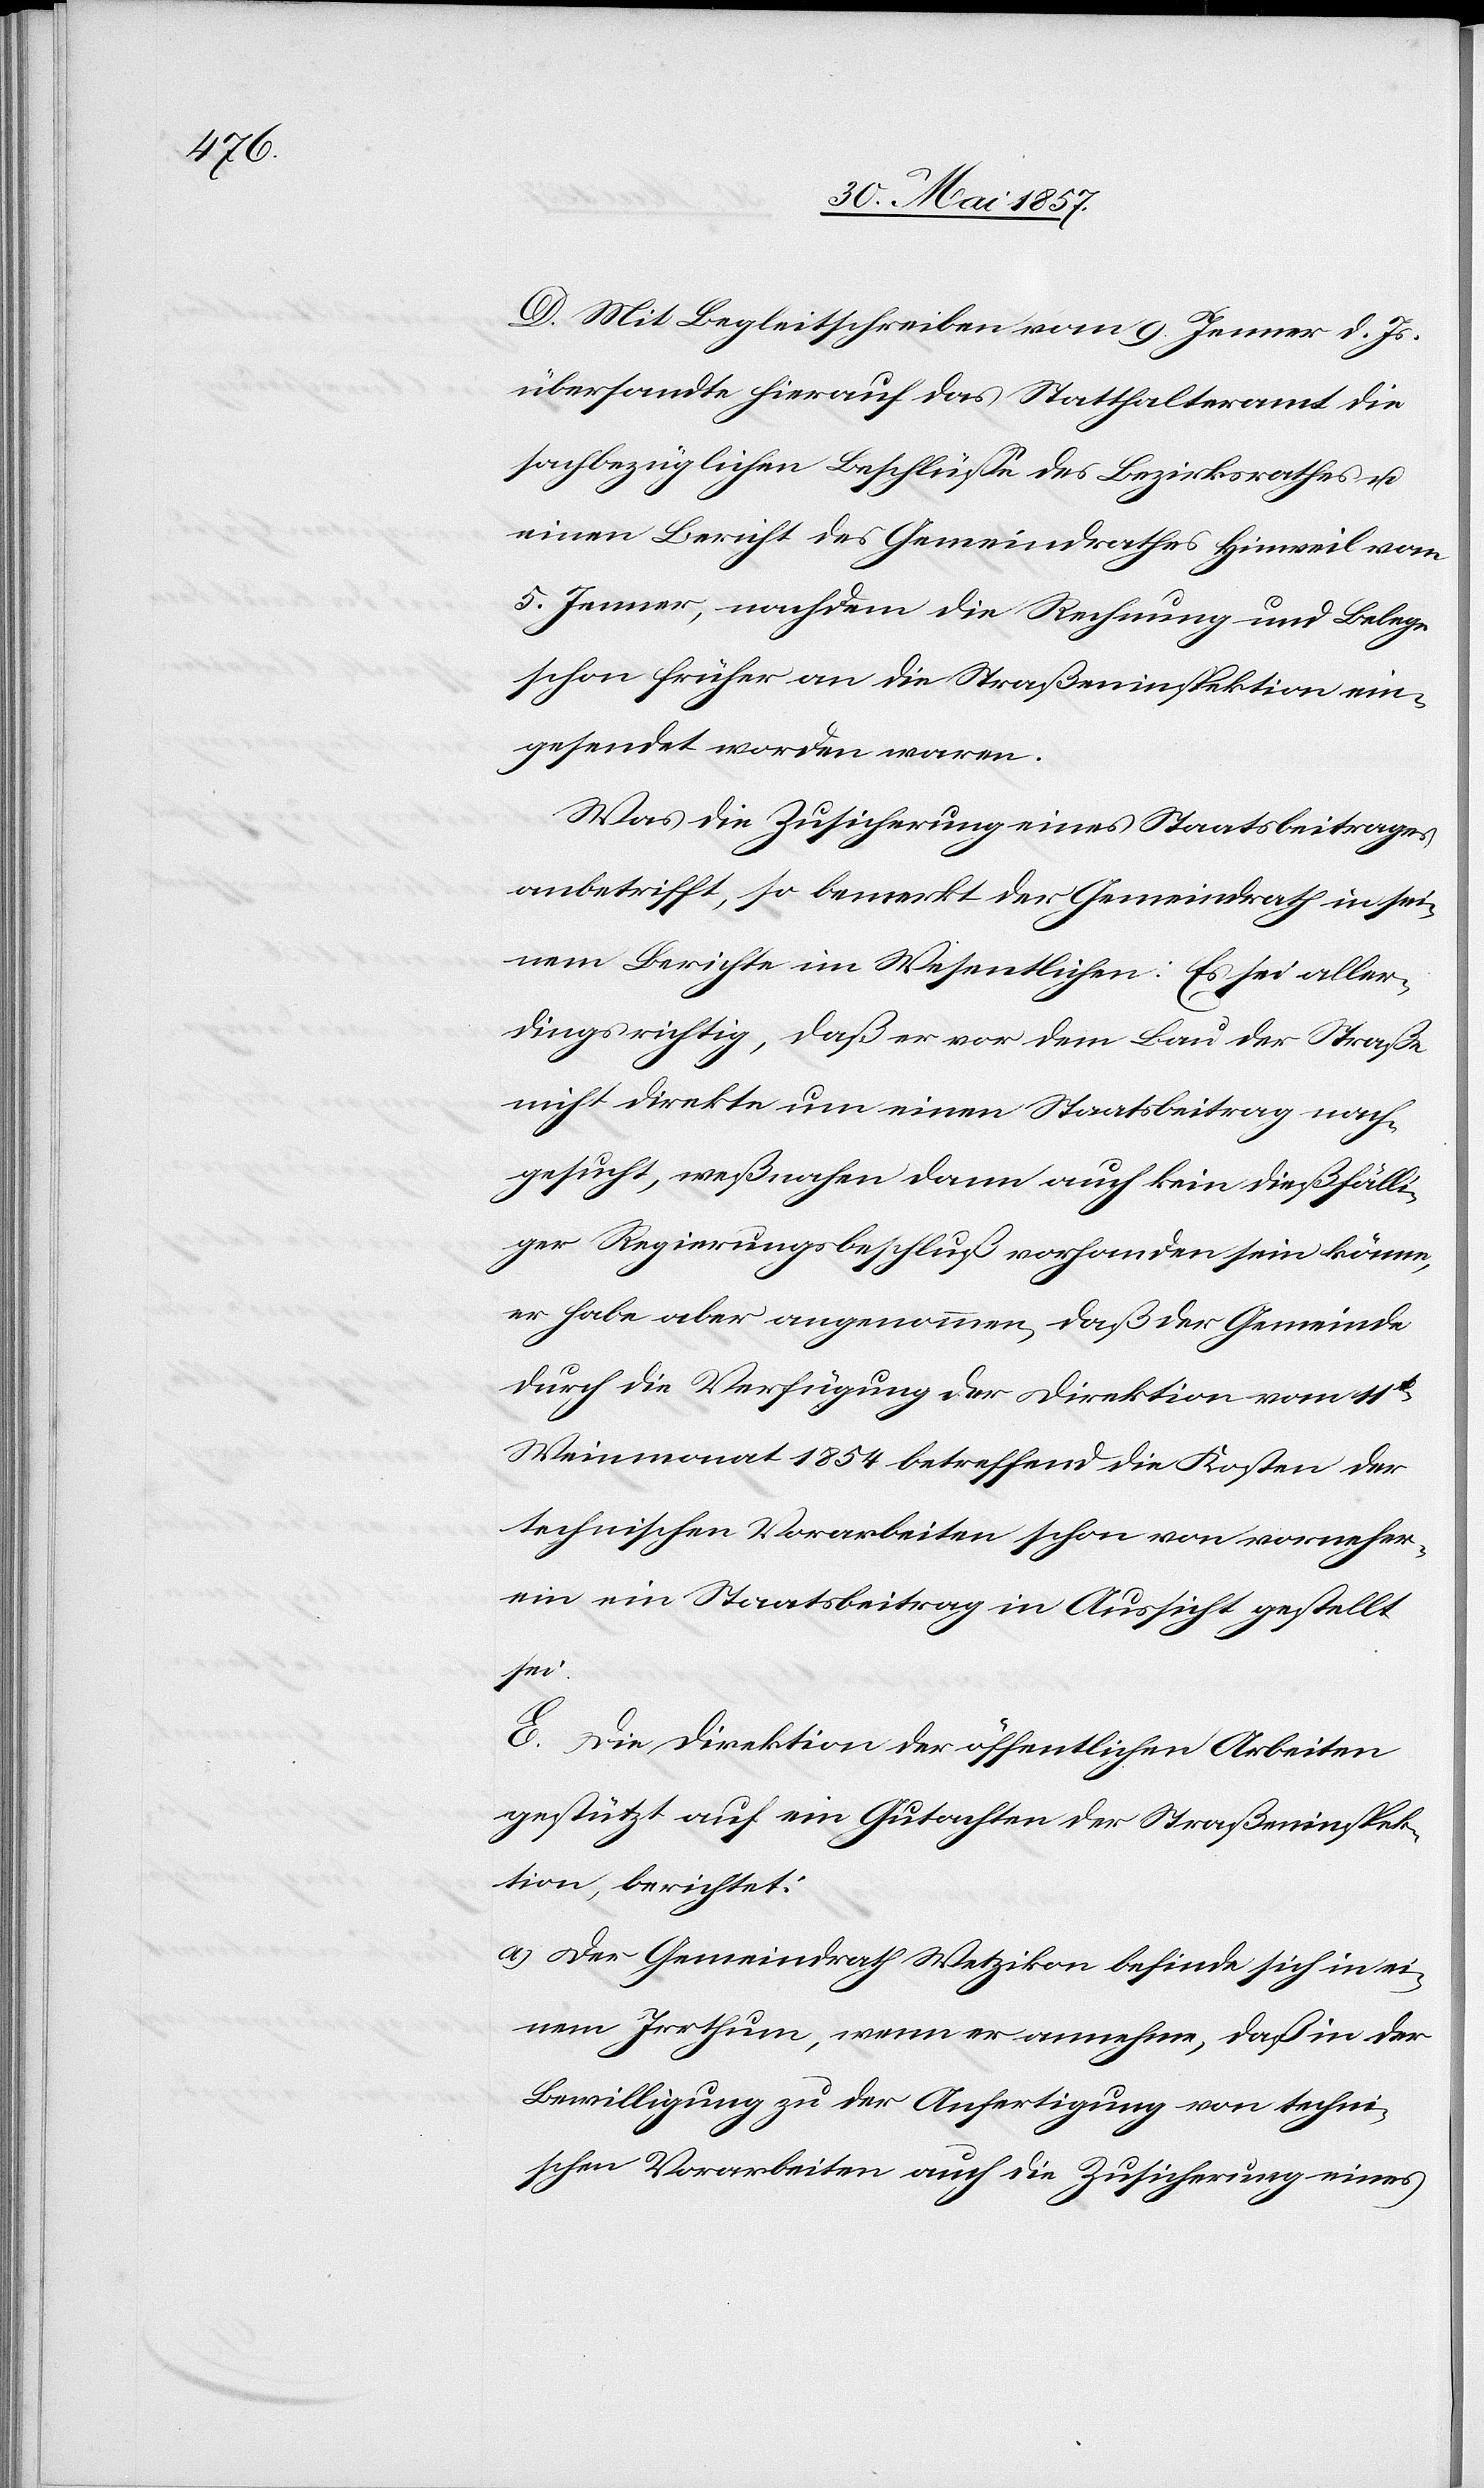
D. Mit Begleitschreiben vom 9 Jenner d. Js.
übersandte hierauf das Statthalteramt die
sachbezüglichen Beschlüsse des Bezirksrathes &
einen Bericht des Gemeindrathes Hinweil vom
5 Jenner, nachdem die Rechnung und Belege
schon früher an die Straßeninspektion ein¬
gesendet worden waren.
Was die Zusicherung eines Staatsbeitrages
anbetrifft, so bemerkt der Gemeindrath in sei¬
nem Berichte im Wesentlichen: Es sei aller¬
dings richtig, daß er vor dem Bau der Straße
nicht direkte um einen Staatsbeitrag nach¬
gesucht, weßnahen dann auch kein dießfälli¬
ger Regierungsbeschluß vorhanden sein könne,
er habe aber angenommen, daß der Gemeinde
durch die Verfügung der Direktion vom 11t
Weinmonat 1854 betreffend die Kosten der
technischen Vorarbeiten schon von vorneher¬
ein ein Staatsbeitrag in Aussicht gestellt
sei.
E. Die Direktion der öffentlichen Arbeiten
gestützt auf ein Gutachten der Straßeninspek¬
tion, berichtet:
a.) Der Gemeindrath Wetzikon befinde sich in ei¬
nem Irrthum, wenn er annehme, daß in der
Bewilligung zu der Anfertigung von techni¬
schen Vorarbeiten auch die Zusicherung eines